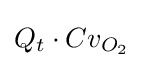
Q_{t}\cdot Cv_{O_{2}}